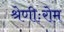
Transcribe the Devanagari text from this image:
श्रेणीःरोम